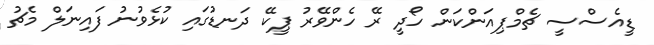
ޑީއެސްސީ ޗެމްޕިއަންކަން ހޯދީ ރޭ ހެންވޭރު ޕީކޭ ދަނޑުގައި ކުޅެވުނު ފައިނަލް މެޗު